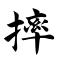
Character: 摔